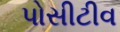
પોસીટીવ